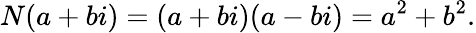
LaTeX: N(a+bi)=(a+bi)(a-bi)=a^{2}+b^{2}.